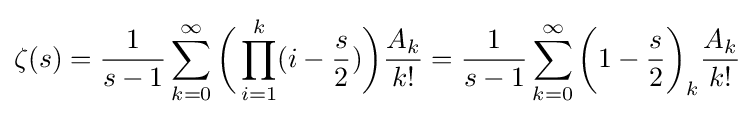
\zeta (s)={\frac {1}{s-1}}\sum _{k=0}^{\infty }{\biggl (}\prod _{i=1}^{k}(i-{\frac {s}{2}}){\biggl )}{\frac {A_{k}}{k!}}={\frac {1}{s-1}}\sum _{k=0}^{\infty }{\biggl (}1-{\frac {s}{2}}{\biggl )}_{k}{\frac {A_{k}}{k!}}